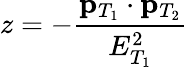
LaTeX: z=-\frac{{\mathbf p}_{T_{1}}\cdot{\mathbf p}_{T_{2}}}{E_{T_{1}}^{2}}